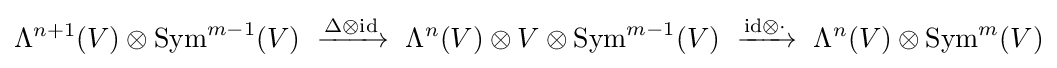
\Lambda ^{n+1}(V)\otimes \mathrm {Sym} ^{m-1}(V)~\xrightarrow {\Delta \otimes \mathrm {id} } ~\Lambda ^{n}(V)\otimes V\otimes \mathrm {Sym} ^{m-1}(V)~\xrightarrow {\mathrm {id} \otimes \cdot } ~\Lambda ^{n}(V)\otimes \mathrm {Sym} ^{m}(V)